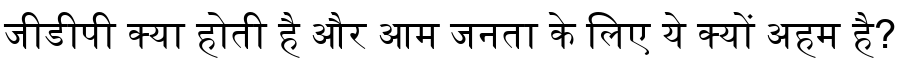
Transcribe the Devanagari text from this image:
जीडीपी क्या होती है और आम जनता के लिए ये क्यों अहम है?